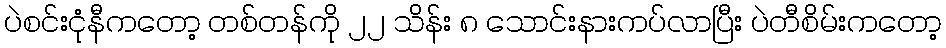
ပဲစင်းငုံနီကတော့ တစ်တန်ကို ၂၂ သိန်း ၈ သောင်းနားကပ်လာပြီး ပဲတီစိမ်းကတော့